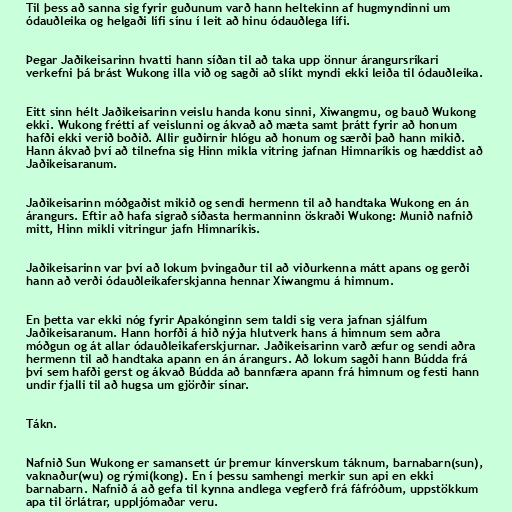
Til þess að sanna sig fyrir guðunum varð hann heltekinn af hugmyndinni um
ódauðleika og helgaði lífi sínu í leit að hinu ódauðlega lífi.

Þegar Jaðikeisarinn hvatti hann síðan til að taka upp önnur árangursríkari
verkefni þá brást Wukong illa við og sagði að slíkt myndi ekki leiða til ódauðleika.

Eitt sinn hélt Jaðikeisarinn veislu handa konu sinni, Xiwangmu, og bauð Wukong
ekki. Wukong frétti af veislunni og ákvað að mæta samt þrátt fyrir að honum
hafði ekki verið boðið. Allir guðirnir hlógu að honum og særði það hann mikið.
Hann ákvað því að tilnefna sig Hinn mikla vitring jafnan Himnaríkis og hæddist að
Jaðikeisaranum.

Jaðikeisarinn móðgaðist mikið og sendi hermenn til að handtaka Wukong en án
árangurs. Eftir að hafa sigrað síðasta hermanninn öskraði Wukong: Munið nafnið
mitt, Hinn mikli vitringur jafn Himnaríkis.

Jaðikeisarinn var því að lokum þvingaður til að viðurkenna mátt apans og gerði
hann að verði ódauðleikaferskjanna hennar Xiwangmu á himnum.

En þetta var ekki nóg fyrir Apakónginn sem taldi sig vera jafnan sjálfum
Jaðikeisaranum. Hann horfði á hið nýja hlutverk hans á himnum sem aðra
móðgun og át allar ódauðleikaferskjurnar. Jaðikeisarinn varð æfur og sendi aðra
hermenn til að handtaka apann en án árangurs. Að lokum sagði hann Búdda frá
því sem hafði gerst og ákvað Búdda að bannfæra apann frá himnum og festi hann
undir fjalli til að hugsa um gjörðir sínar.

Tákn.

Nafnið Sun Wukong er samansett úr þremur kínverskum táknum, barnabarn(sun),
vaknaður(wu) og rými(kong). En í þessu samhengi merkir sun api en ekki
barnabarn. Nafnið á að gefa til kynna andlega vegferð frá fáfróðum, uppstökkum
apa til örlátrar, uppljómaðar veru.